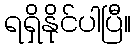
ရရှိနိုင်ပါပြီ။